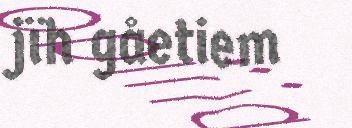
jïh gåetiem